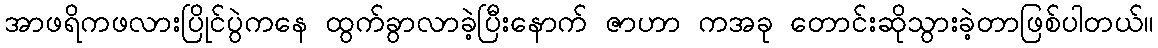
အာဖရိကဖလားပြိုင်ပွဲကနေ ထွက်ခွာလာခဲ့ပြီးနောက် ဇာဟာ ကအခု တောင်းဆိုသွားခဲ့တာဖြစ်ပါတယ်။